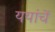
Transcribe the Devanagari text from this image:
ययांचें